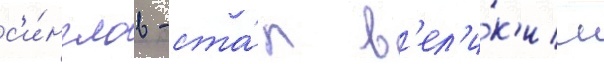
с'и́нглов - ста́л в'ел'и́к'им